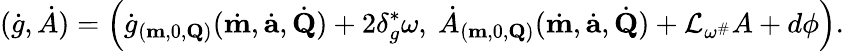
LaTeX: (\dot{g},\dot{A})=\left(\dot{g}_{(\mathbf{m},0,\mathbf{Q})}(\dot{\mathbf{m}},\dot{\mathbf{a}},\dot{\mathbf{Q}})+2\delta_{g}^{*}\omega,~\dot{A}_{(\mathbf{m},0,\mathbf{Q})}(\dot{\mathbf{m}},\dot{\mathbf{a}},\dot{\mathbf{Q}})+\mathcal{L}_{\omega^{\# }}A+d\phi\right).